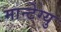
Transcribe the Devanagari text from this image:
मान्टेग्यु